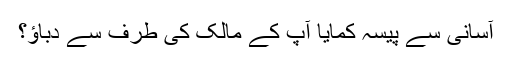
آسانی سے پیسہ کمایا آپ کے مالک کی طرف سے دباؤ؟